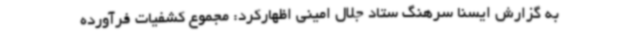
به گزارش ایسنا سرهنگ ستاد جلال امینی اظهارکرد: مجموع کشفیات فرآورده